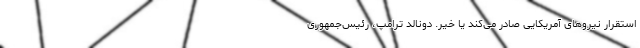
استقرار نیروهای آمریکایی صادر می‌کند یا خیر. دونالد ترامپ، رئیس‌جمهوری